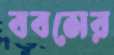
ববসের